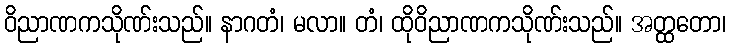
ဝိညာဏကသိုဏ်းသည်။ နာဂတံ၊ မလာ။ တံ၊ ထိုဝိညာဏကသိုဏ်းသည်။ အတ္ထတော၊